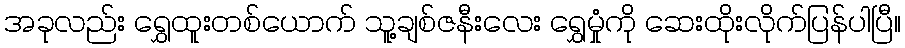
အခုလည်း ရွှေထူးတစ်ယောက် သူ့ချစ်ဇနီးလေး ရွှေမှုံကို ဆေးထိုးလိုက်ပြန်ပါပြီ။